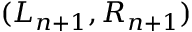
( L _ { n + 1 } , R _ { n + 1 } )